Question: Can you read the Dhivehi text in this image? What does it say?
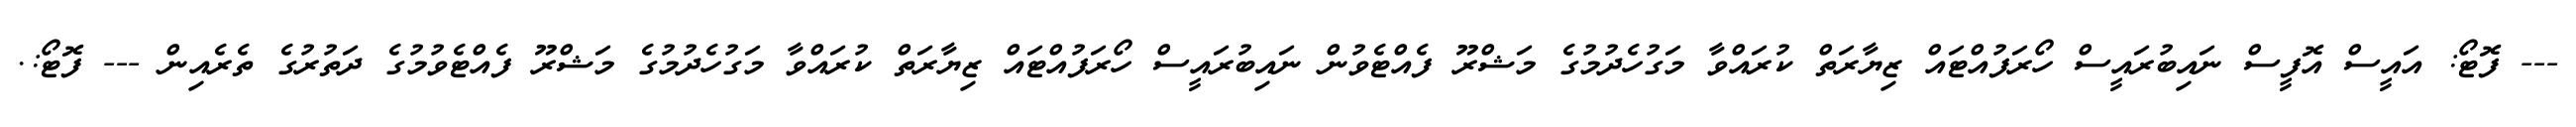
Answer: --- ފޮޓޯ: އައީސް އޮފީސް ނައިބުރައީސް ހޯރަފުއްޓައް ޒިޔާރަތް ކުރައްވާ މަގުހެދުމުގެ މަޝްރޫ ފެއްޓެވުން ނައިބުރައީސް ހޯރަފުއްޓައް ޒިޔާރަތް ކުރައްވާ މަގުހެދުމުގެ މަޝްރޫ ފެއްޓެވުމުގެ ދަތުރުގެ ތެރެއިން --- ފޮޓޯ:.